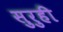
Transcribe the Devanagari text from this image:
सुरुही